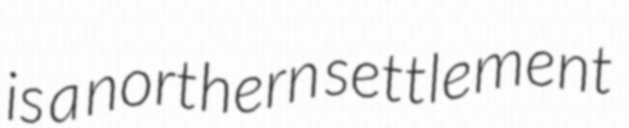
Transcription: is a northern settlement